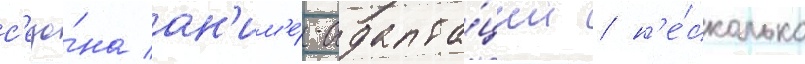
с'езо́на ан'им'е́-адапта́ции / н'е́сколько